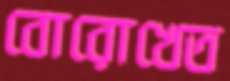
বোরোখেত